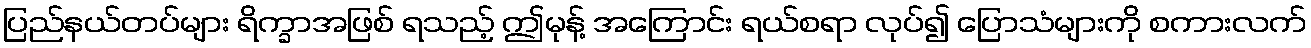
ပြည်နယ်တပ်များ ရိက္ခာအဖြစ် ရသည့် ဤမုန့် အကြောင်း ရယ်စရာ လုပ်၍ ပြောသံများကို စကားလက်